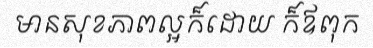
មានសុខភាពល្អក៏ដោយ ក៏ឪពុក